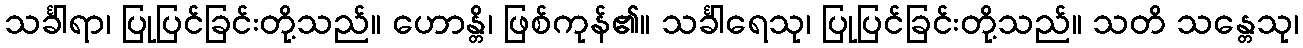
သင်္ခါရာ၊ ပြုပြင်ခြင်းတို့သည်။ ဟောန္တိ၊ ဖြစ်ကုန်၏။ သင်္ခါရေသု၊ ပြုပြင်ခြင်းတို့သည်။ သတိ သန္တေသု၊